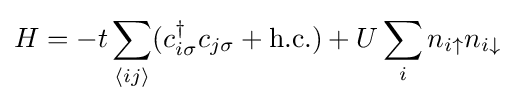
H=-t\sum _{\langle ij\rangle }(c_{i\sigma }^{\dagger }c_{j\sigma }+{\text{h.c.}})+U\sum _{i}n_{i\uparrow }n_{i\downarrow }